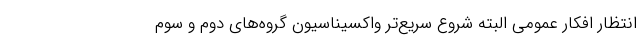
انتظار افکار عمومی البته شروع سریع‌تر واکسیناسیون گروه‌های دوم و سوم